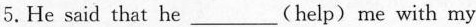
5.He said that he___(help)me with my